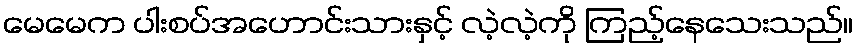
မေမေက ပါးစပ်အဟောင်းသားနှင့် လဲ့လဲ့ကို ကြည့်နေသေးသည်။